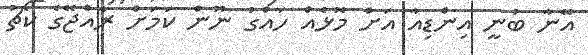
އޭނާ ބުނީ އިންޑިއާ އަށް މޮޅެއް ހައްގު ނޫން ކަމަށް ރާއްޖޭގެ ކޯޗު